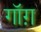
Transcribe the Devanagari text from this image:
गॉग़